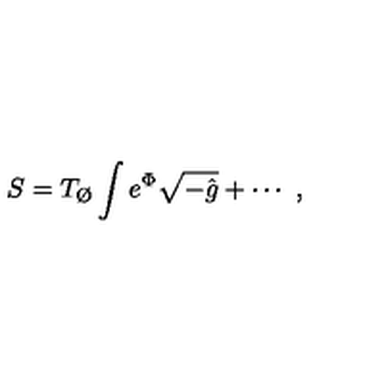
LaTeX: S = T _ { \O } \int e ^ { \Phi } \sqrt { - \hat { g } } + \cdots \ ,